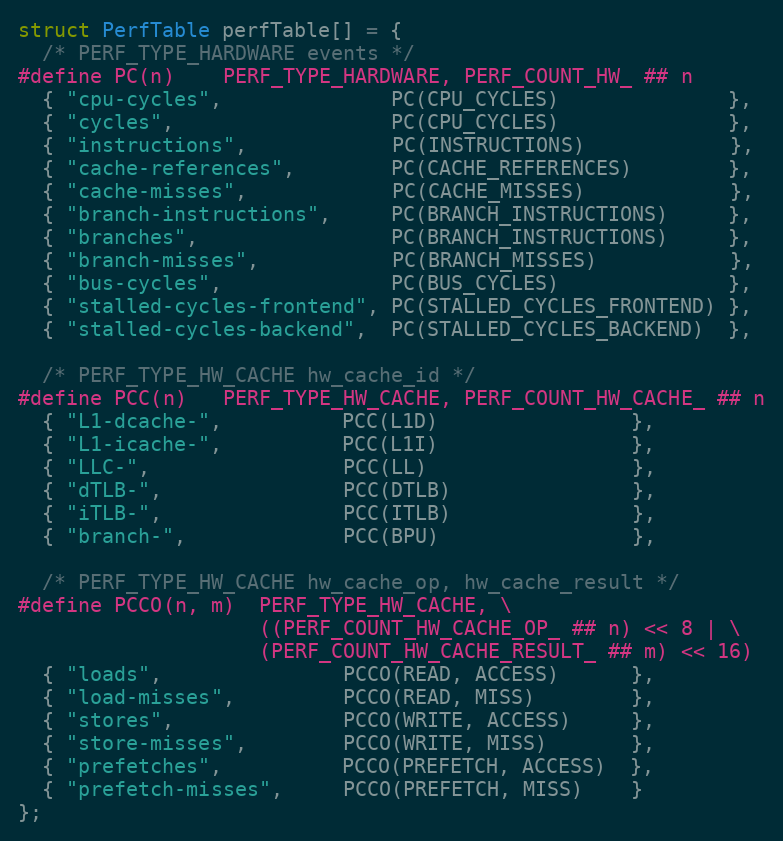
Language: C++
struct PerfTable perfTable[] = {
  /* PERF_TYPE_HARDWARE events */
#define PC(n)    PERF_TYPE_HARDWARE, PERF_COUNT_HW_ ## n
  { "cpu-cycles",              PC(CPU_CYCLES)              },
  { "cycles",                  PC(CPU_CYCLES)              },
  { "instructions",            PC(INSTRUCTIONS)            },
  { "cache-references",        PC(CACHE_REFERENCES)        },
  { "cache-misses",            PC(CACHE_MISSES)            },
  { "branch-instructions",     PC(BRANCH_INSTRUCTIONS)     },
  { "branches",                PC(BRANCH_INSTRUCTIONS)     },
  { "branch-misses",           PC(BRANCH_MISSES)           },
  { "bus-cycles",              PC(BUS_CYCLES)              },
  { "stalled-cycles-frontend", PC(STALLED_CYCLES_FRONTEND) },
  { "stalled-cycles-backend",  PC(STALLED_CYCLES_BACKEND)  },

  /* PERF_TYPE_HW_CACHE hw_cache_id */
#define PCC(n)   PERF_TYPE_HW_CACHE, PERF_COUNT_HW_CACHE_ ## n
  { "L1-dcache-",          PCC(L1D)                },
  { "L1-icache-",          PCC(L1I)                },
  { "LLC-",                PCC(LL)                 },
  { "dTLB-",               PCC(DTLB)               },
  { "iTLB-",               PCC(ITLB)               },
  { "branch-",             PCC(BPU)                },

  /* PERF_TYPE_HW_CACHE hw_cache_op, hw_cache_result */
#define PCCO(n, m)  PERF_TYPE_HW_CACHE, \
                    ((PERF_COUNT_HW_CACHE_OP_ ## n) << 8 | \
                    (PERF_COUNT_HW_CACHE_RESULT_ ## m) << 16)
  { "loads",               PCCO(READ, ACCESS)      },
  { "load-misses",         PCCO(READ, MISS)        },
  { "stores",              PCCO(WRITE, ACCESS)     },
  { "store-misses",        PCCO(WRITE, MISS)       },
  { "prefetches",          PCCO(PREFETCH, ACCESS)  },
  { "prefetch-misses",     PCCO(PREFETCH, MISS)    }
};